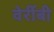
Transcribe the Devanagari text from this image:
वेर्रीबी